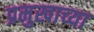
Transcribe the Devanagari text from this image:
प्रमुखाच्या